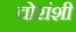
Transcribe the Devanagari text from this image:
चोरांशी